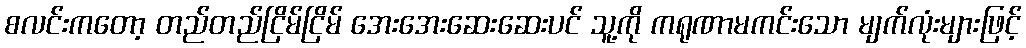
စလင်းကတော့ တည်တည်ငြိမ်ငြိမ် အေးအေးဆေးဆေးပင် သူ့ကို ကရုဏာမကင်းသော မျက်လုံးများဖြင့်